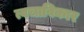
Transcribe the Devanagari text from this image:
त्वचाविकार